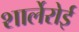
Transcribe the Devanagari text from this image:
शार्लेरोई